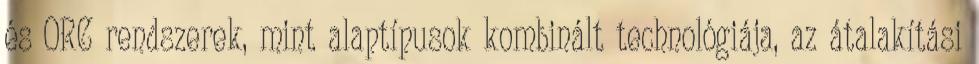
és ORC rendszerek, mint alaptípusok kombinált technológiája, az átalakítási